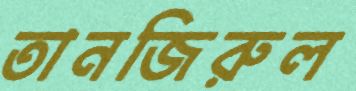
তানজিরুল